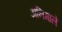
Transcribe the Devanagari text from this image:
अनिमाले